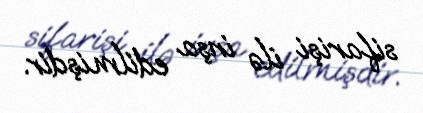
sifarişi ilə inşa edilmişdir.